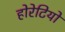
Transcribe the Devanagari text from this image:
होरेटियो